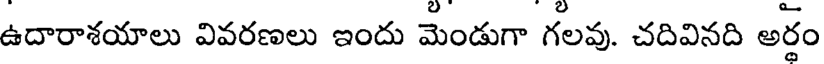
ఉదారాశయాలు వివరణలు ఇందు మెండుగా గలవు. చదివినది అర్థం